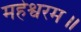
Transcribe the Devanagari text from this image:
महेश्वरम॥